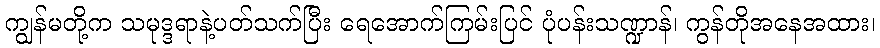
ကျွန်မတို့က သမုဒ္ဒရာနဲ့ပတ်သက်ပြီး ရေအောက်ကြမ်းပြင် ပုံပန်းသဏ္ဍာန်၊ ကွန်တိုအနေအထား၊